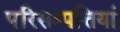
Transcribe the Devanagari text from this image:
परिसम्पत्तियां